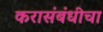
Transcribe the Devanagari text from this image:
करासंबंधीचा